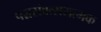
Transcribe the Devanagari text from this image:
पञ्चसंवत्सरात्मक